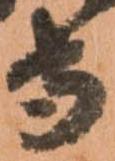
守